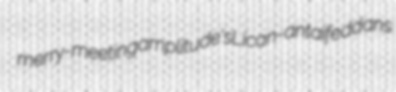
merry-meeting amplitude's Lican-antai feddans